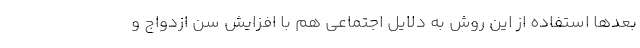
بعدها استفاده از این روش به دلایل اجتماعی هم با افزایش سن ازدواج و